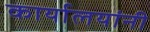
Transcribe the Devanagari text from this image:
कार्यालयांनी